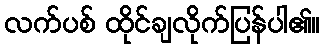
လက်ပစ် ထိုင်ချလိုက်ပြန်ပါ၏။